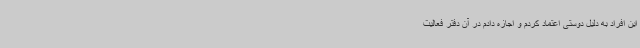
این افراد به دلیل دوستی اعتماد کردم و اجازه دادم در آن دفتر فعالیت